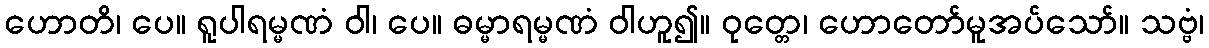
ဟောတိ၊ ပေ။ ရူပါရမ္မဏံ ဝါ၊ ပေ။ ဓမ္မာရမ္မဏံ ဝါဟူ၍။ ဝုတ္တေ၊ ဟောတော်မူအပ်သော်။ သဗ္ဗံ၊